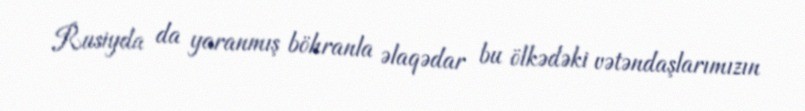
Rusiyda da yaranmış böhranla əlaqədar bu ölkədəki vətəndaşlarımızın